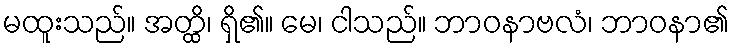
မထူးသည်။ အတ္ထိ၊ ရှိ၏။ မေ၊ ငါသည်။ ဘာဝနာဗလံ၊ ဘာဝနာ၏